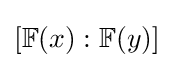
[\mathbb {F} (x):\mathbb {F} (y)]